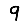
Digit: 9